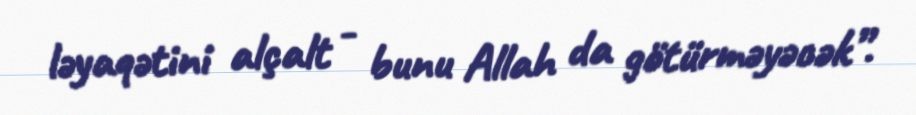
ləyaqətini alçalt - bunu Allah da götürməyəcək”.